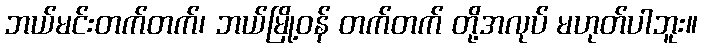
ဘယ်မင်းတက်တက်၊ ဘယ်မြို့ဝန် တက်တက် တို့အလုပ် မဟုတ်ပါဘူး။